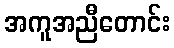
အကူအညီတောင်း